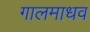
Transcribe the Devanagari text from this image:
गालमाधव